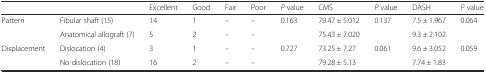
<table><thead><tr><td></td><td></td><td><b>Excellent</b></td><td><b>Good</b></td><td><b>Fair</b></td><td><b>Poor</b></td><td><b><i>P</i> value</b></td><td><b>CMS</b></td><td><b><i>P</i> value</b></td><td><b>DASH</b></td><td><b><i>P</i> value</b></td></tr></thead><tbody><tr><td>Pattern</td><td>Fibular shaft (15)</td><td>14</td><td>1</td><td>–</td><td>–</td><td>0.163</td><td>79.47 ± 5.012</td><td>0.137</td><td>7.5 ± 1.967</td><td>0.064</td></tr><tr><td></td><td>Anatomical allograft (7)</td><td>5</td><td>2</td><td>–</td><td>–</td><td></td><td>75.43 ± 7.020</td><td></td><td>9.3 ± 2.102</td><td></td></tr><tr><td>Displacement</td><td>Dislocation (4)</td><td>3</td><td>1</td><td>–</td><td>–</td><td>0.727</td><td>73.25 ± 7.27</td><td>0.061</td><td>9.6 ± 3.052</td><td>0.059</td></tr><tr><td></td><td>No dislocation (18)</td><td>16</td><td>2</td><td>–</td><td>–</td><td></td><td>79.28 ± 5.13</td><td></td><td>7.74 ± 1.83</td><td></td></tr></tbody></table>